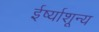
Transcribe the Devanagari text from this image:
ईर्ष्याशून्य